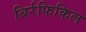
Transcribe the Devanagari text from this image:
बिर्रफिकिल